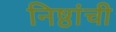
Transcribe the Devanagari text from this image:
निष्ठांची